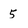
Character: 5